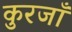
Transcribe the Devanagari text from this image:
कुरजाँ